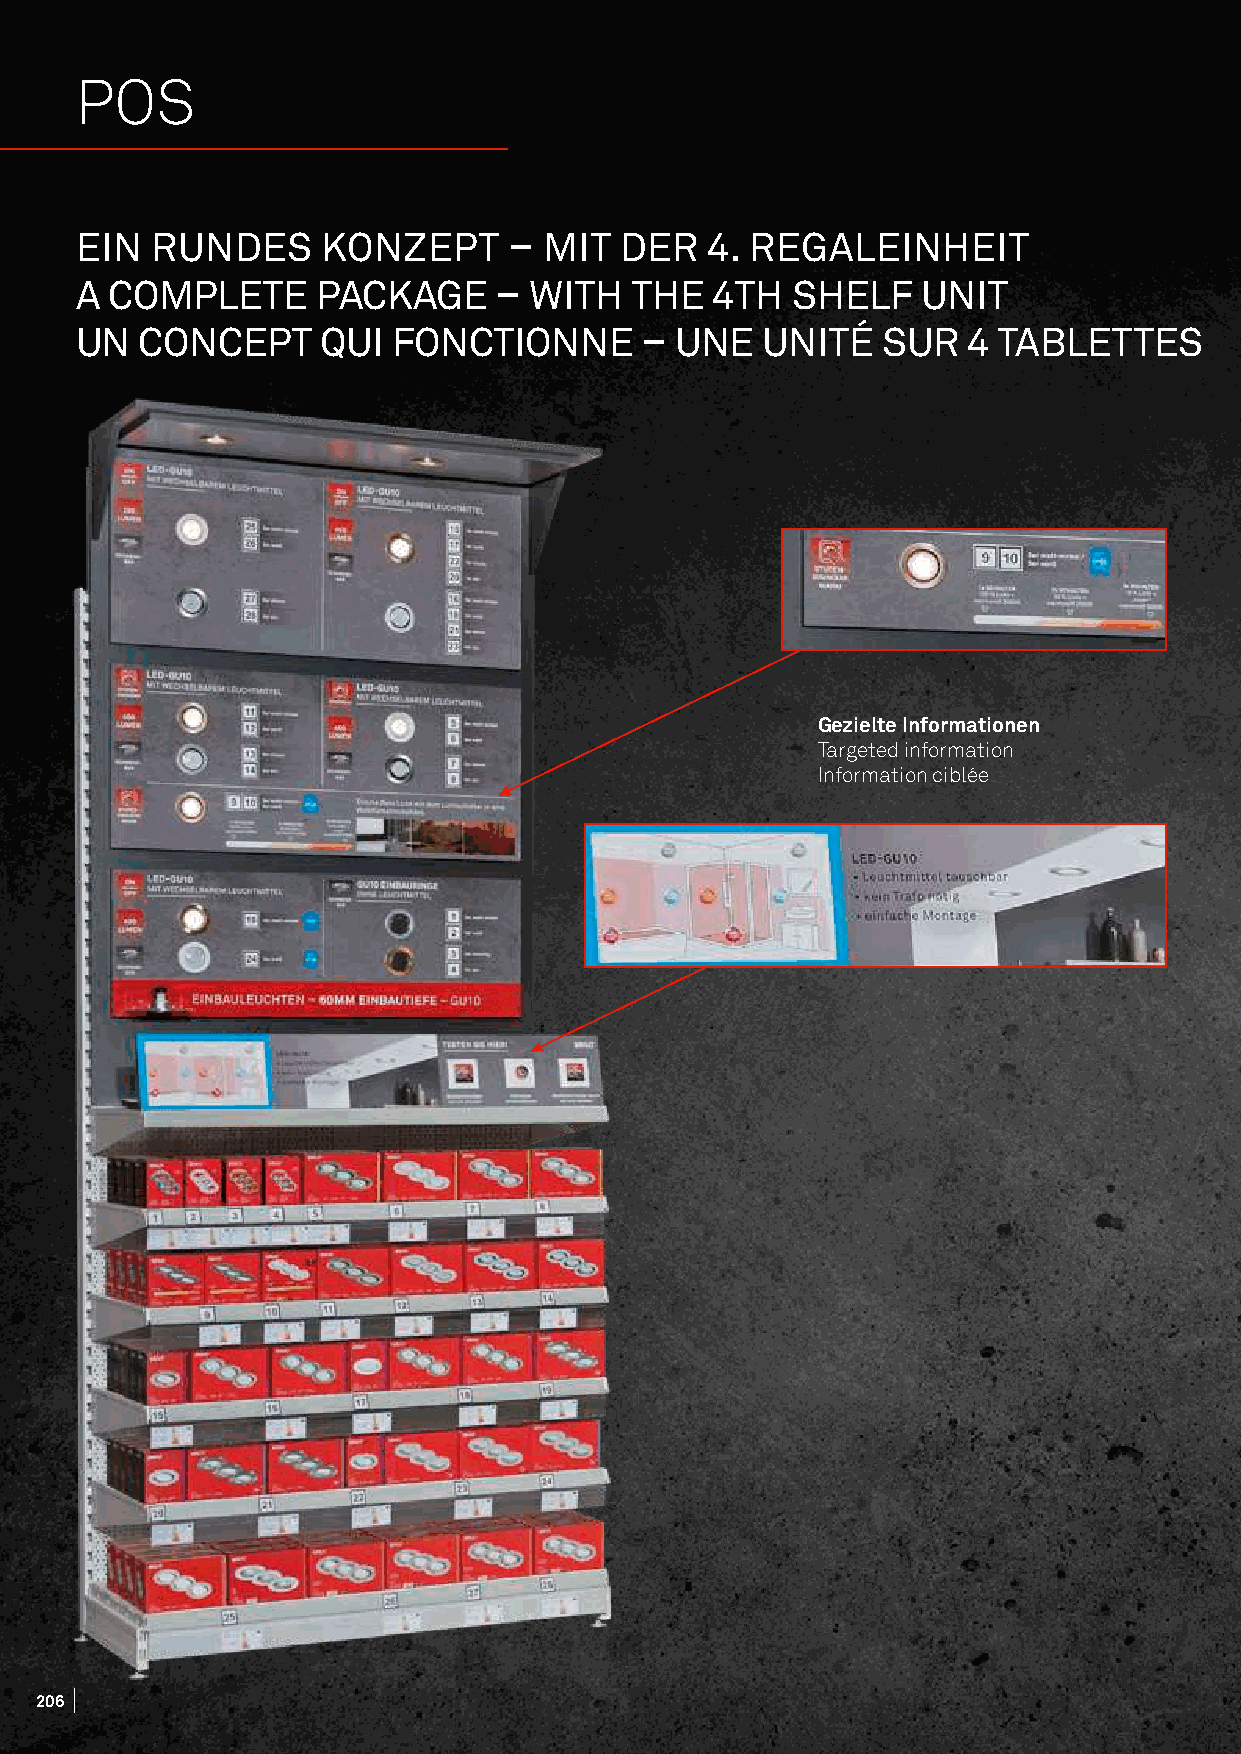
POS
 EIN  RUNDES     KONZEPT      – MIT  DER   4. REGALEINHEIT
 A COMPLETE      PACKAGE     – WITH   THE  4TH  SHELF    UNIT
 UN  CONCEPT     QUI  FONCTIONNE      –  UNE  UNITÉ   SUR   4 TABLETTES
 Gezielte Informationen
 Targeted information
 Information ciblée
 206